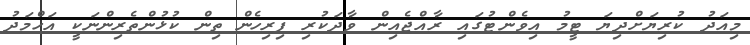
މިއަދު ކުރިޔަށްދިޔަ ޓީމު އިވެންޓުގައި ރާއްޖެއިން ވާދަކުރި ފިރިހެން ތިން ކުޅުންތެރިންނަކީ އަހްމަދު